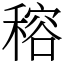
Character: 穃